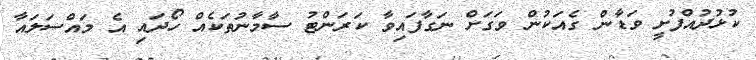
ކުޅުދުއްފުށީ ވަޑާން ގެއަކުން ވަގަށް ނަގާފައިވާ ކަރަންޓު ސާމާނުތަކެއް ހޯދައި އެ މައްސަލައާ